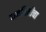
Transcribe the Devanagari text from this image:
दाननिधीचा